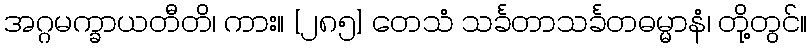
အဂ္ဂမက္ခာယတီတိ၊ ကား။ [၂၈၅] တေသံ သင်္ခတာသင်္ခတဓမ္မာနံ၊ တို့တွင်။